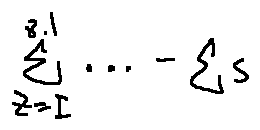
\sum \limits _ { z = I } ^ { 8 . 1 } \cdots - \sum s